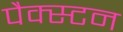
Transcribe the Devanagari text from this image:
पैक्स्टन